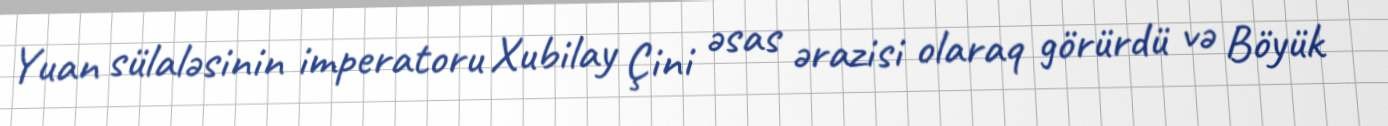
Yuan sülaləsinin imperatoru Xubilay Çini əsas ərazisi olaraq görürdü və Böyük